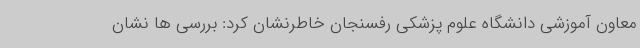
معاون آموزشی دانشگاه علوم پزشکی رفسنجان خاطرنشان کرد: بررسی ها نشان